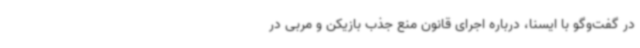
در گفت‌وگو با ایسنا، درباره اجرای قانون منع جذب بازیکن و مربی در